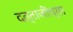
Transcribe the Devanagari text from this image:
दत्ताजींच्या